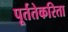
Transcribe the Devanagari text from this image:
पूर्ततेकरिता